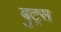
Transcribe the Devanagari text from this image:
बुट्रस